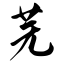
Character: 芜